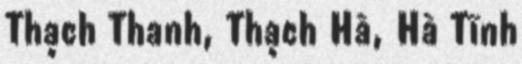
Thạch Thanh, Thạch Hà, Hà Tĩnh